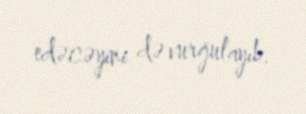
edəcəyini də vurğulayıb.